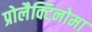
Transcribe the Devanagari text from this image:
प्रोलैक्टिनोमा